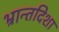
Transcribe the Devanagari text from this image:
भ्रान्तदिशा